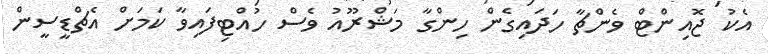
އެކު ޖޮއިންޓް ވެންޗާ ހަދައިގެން ހިންގާ މަޝްރޫއު ވެސް ހުއްޓިފައިވާ ކަމަށް އެޗްޑީސީން